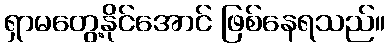
ရှာမတွေ့နိုင်အောင် ဖြစ်နေရသည်။